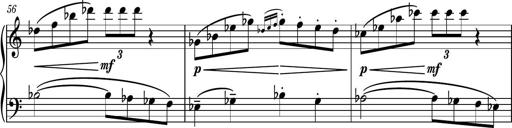
Title: Piano Sonatina No.3
Composer: Dimitri Sykias
Key: C major